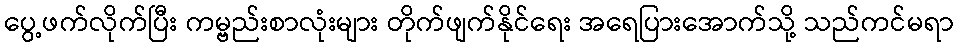
ပွေ့ဖက်လိုက်ပြီး ကမ္ဗည်းစာလုံးများ တိုက်ဖျက်နိုင်ရေး အရေပြားအောက်သို့ သည်ကင်မရာ